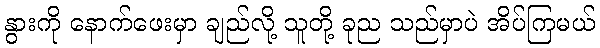
နွားကို နောက်ဖေးမှာ ချည်လို့ သူတို့ ခုည သည်မှာပဲ အိပ်ကြမယ်